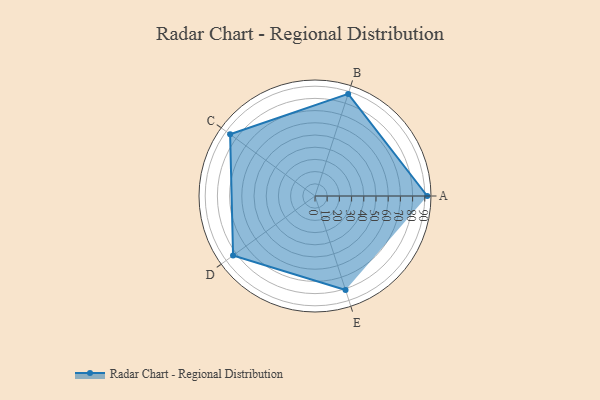
{"axis": {"x": "Skill", "y": "Score"}, "legend": ["Profile"], "data": [{"x": "A", "y": 92.0, "type": "Profile"}, {"x": "B", "y": 88.0, "type": "Profile"}, {"x": "C", "y": 86.0, "type": "Profile"}, {"x": "D", "y": 83.0, "type": "Profile"}, {"x": "E", "y": 81.0, "type": "Profile"}]}